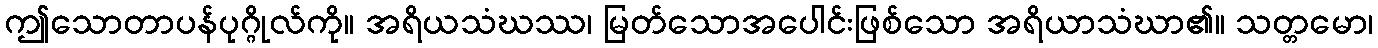
ဤသောတာပန်ပုဂ္ဂိုလ်ကို။ အရိယသံဃဿ၊ မြတ်သောအပေါင်းဖြစ်သော အရိယာသံဃာ၏။ သတ္တမော၊